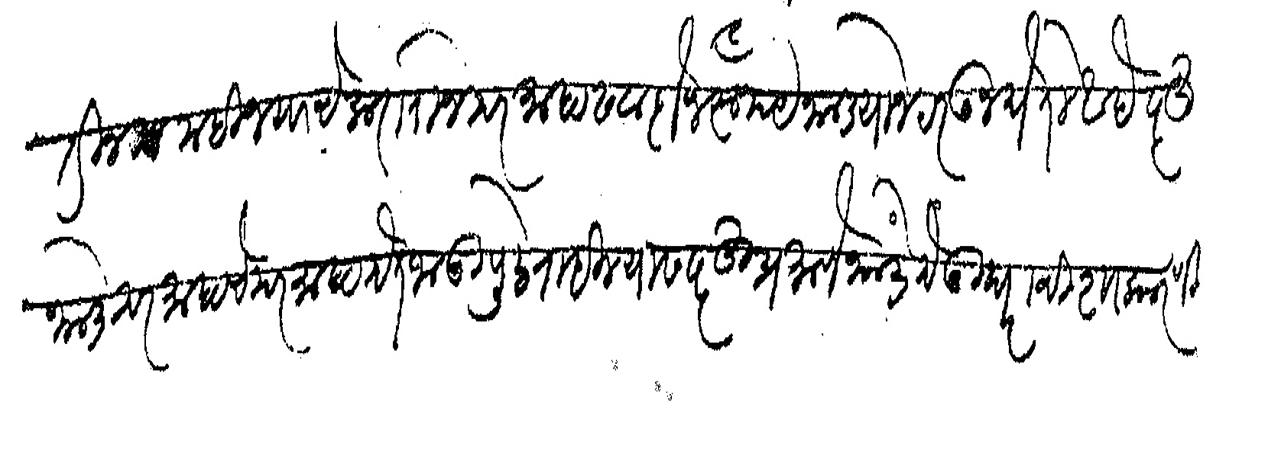
Transliteration (Devanagari): तीन महिन्याचे कराराने दरमाहा सवादोन रुपये भाड्याने ठरऊन घेतले आहे सदरहू भाडे दरमाहाचे दरमाहा देत जाऊ पुढे राहिल्यास सदरहू प्रमाणे भाडे देऊ घराची शाकारणी